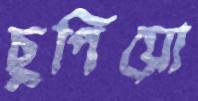
ছুপিয়ো